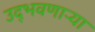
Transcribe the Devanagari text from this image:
उद्‌भवणाऱ्या